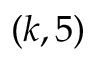
( k , 5 )